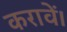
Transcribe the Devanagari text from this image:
करावें।